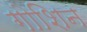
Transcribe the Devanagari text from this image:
गोशिन